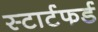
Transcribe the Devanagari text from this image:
स्टार्टफर्ड